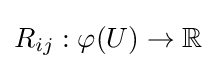
R_{ij}:\varphi (U)\rightarrow \mathbb {R}